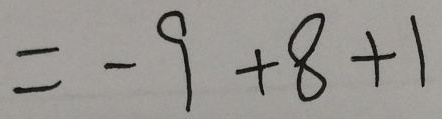
= - 9 + 8 + 1